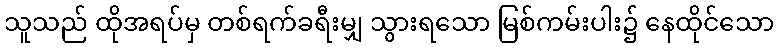
သူသည် ထိုအရပ်မှ တစ်ရက်ခရီးမျှ သွားရသော မြစ်ကမ်းပါး၌ နေထိုင်သော